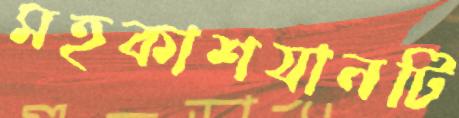
মহকাশযানটি